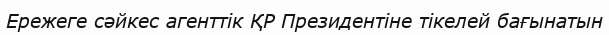
Ережеге сәйкес агенттік ҚР Президентіне тікелей бағынатын